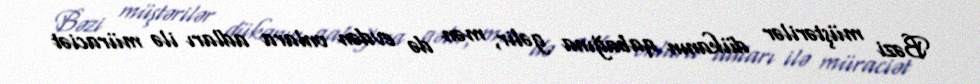
Bəzi müştərilər dükanın qabağına gəlir, mən də evdən onlara adları ilə müraciət